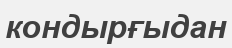
кондырғыдан